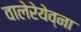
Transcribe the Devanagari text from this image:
वालेरेयेव्ना